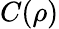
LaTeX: C(\rho)